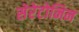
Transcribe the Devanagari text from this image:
सेरेटोनिन